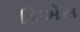
ડિએસ